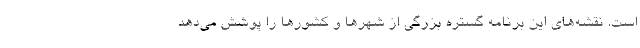
است. نقشه‌های این برنامه گستره بزرگی از شهرها و کشورها را پوشش می‌دهد